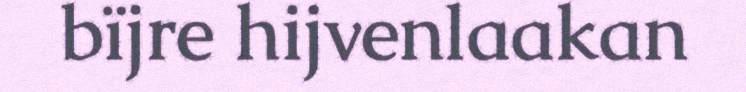
bïjre hijvenlaakan